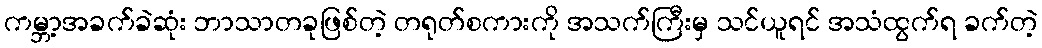
ကမ္ဘာ့အခက်ခဲဆုံး ဘာသာတခုဖြစ်တဲ့ တရုတ်စကားကို အသက်ကြီးမှ သင်ယူရင် အသံထွက်ရ ခက်တဲ့